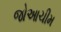
જોઆચીમ